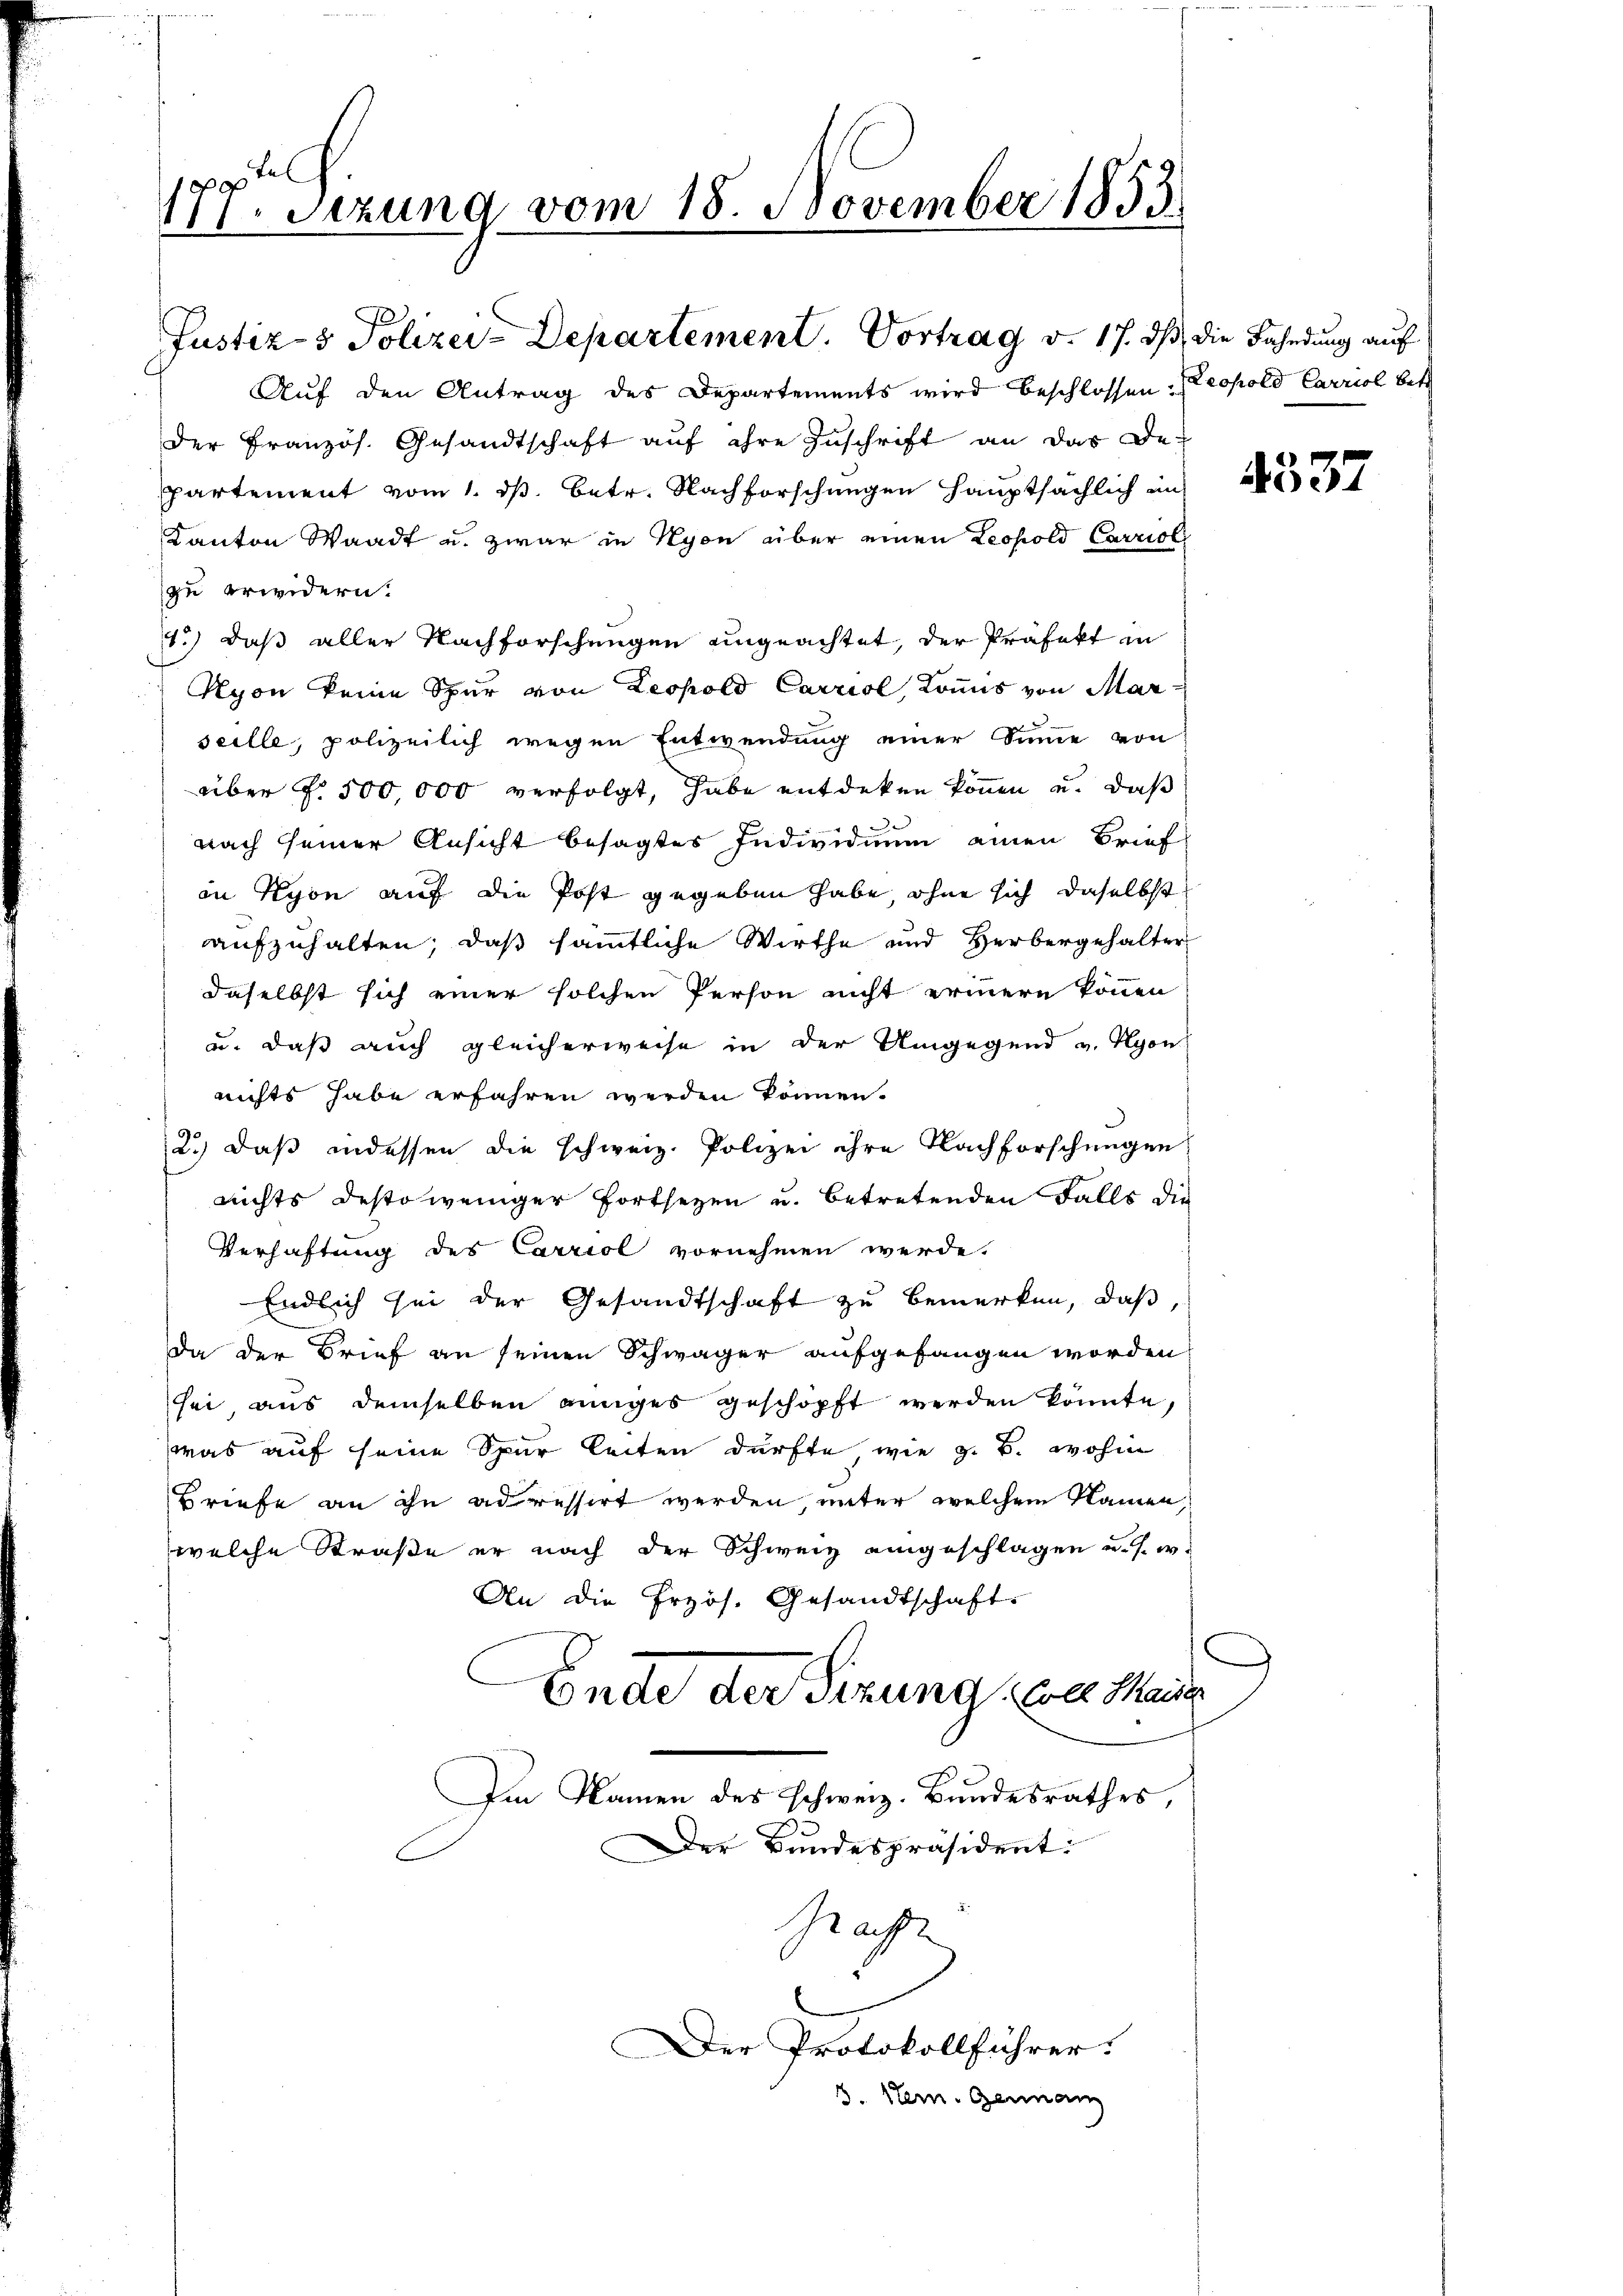
177. Sezung vom 18. November 1853.

Auf den Antrag des Departements wird beschlossen. (Leopold Carriol betr.
der Französ. Gesandtschaft aŭf ihre Inschrift an das De-
partement vom 1. betr. Nachforschen Hauptsächlich ein
Kanton Waadt u. zwar in Nyon über einen Leopold Carrioli
zu erwidern.
1.) daß aller Nachforschungen ungeachtet, der Präfekt in
Nyon keine Spur von Leopold Carriol, Konis von Mar
seille, polizeilich wegen Entwendung einer Sinne von
über §. 500,000 verfolgt, habe entdeken können u. daß
nach seiner Ansicht besagtes Individuum einen Brief
in Kyon auf die Post gegeben habe, ohne sich daselbst
aufzuhalten; daß sämmtliche Wirthe und Herbergehalter
daselbst sich einer solchen Person nicht erinnern können
u. daß auch gleicherweise in der Umgegend v. Hyon
nichts habe erfahren werden können.
2.) Daß indessen die schweiz. Polizei ihre Nachforschungen
nichts desto weniger Fortsetzen u. betretenden Falls die
Verhaftung des Carriol vornehmen werde.
Endlich sei der Gesandtschaft zu bemerken, daß,
Da der Brief an seinen Schwäger aufgefangen worden
sei aus demselben einiges geschöpft werden könnte,
was auf seine Spur leiten dürfte, wie z. B. wohin
Briefe an ihn adressirt werden, unter welchem Namen,
welche Straße er nach der Schweiz eingeschlagen u. s. w.
An die Przös. Gesandtschaft.
Ende der Sitzung war Mauer
Im Namen des schweiz. Bundesrathes,
Der Bundespräsident:
Zeacht

Justiz- & Polizei-Departement. Vortrag v. 17. ds die Bahndung auf

Der Protokollführer.

3. Stern. Genan